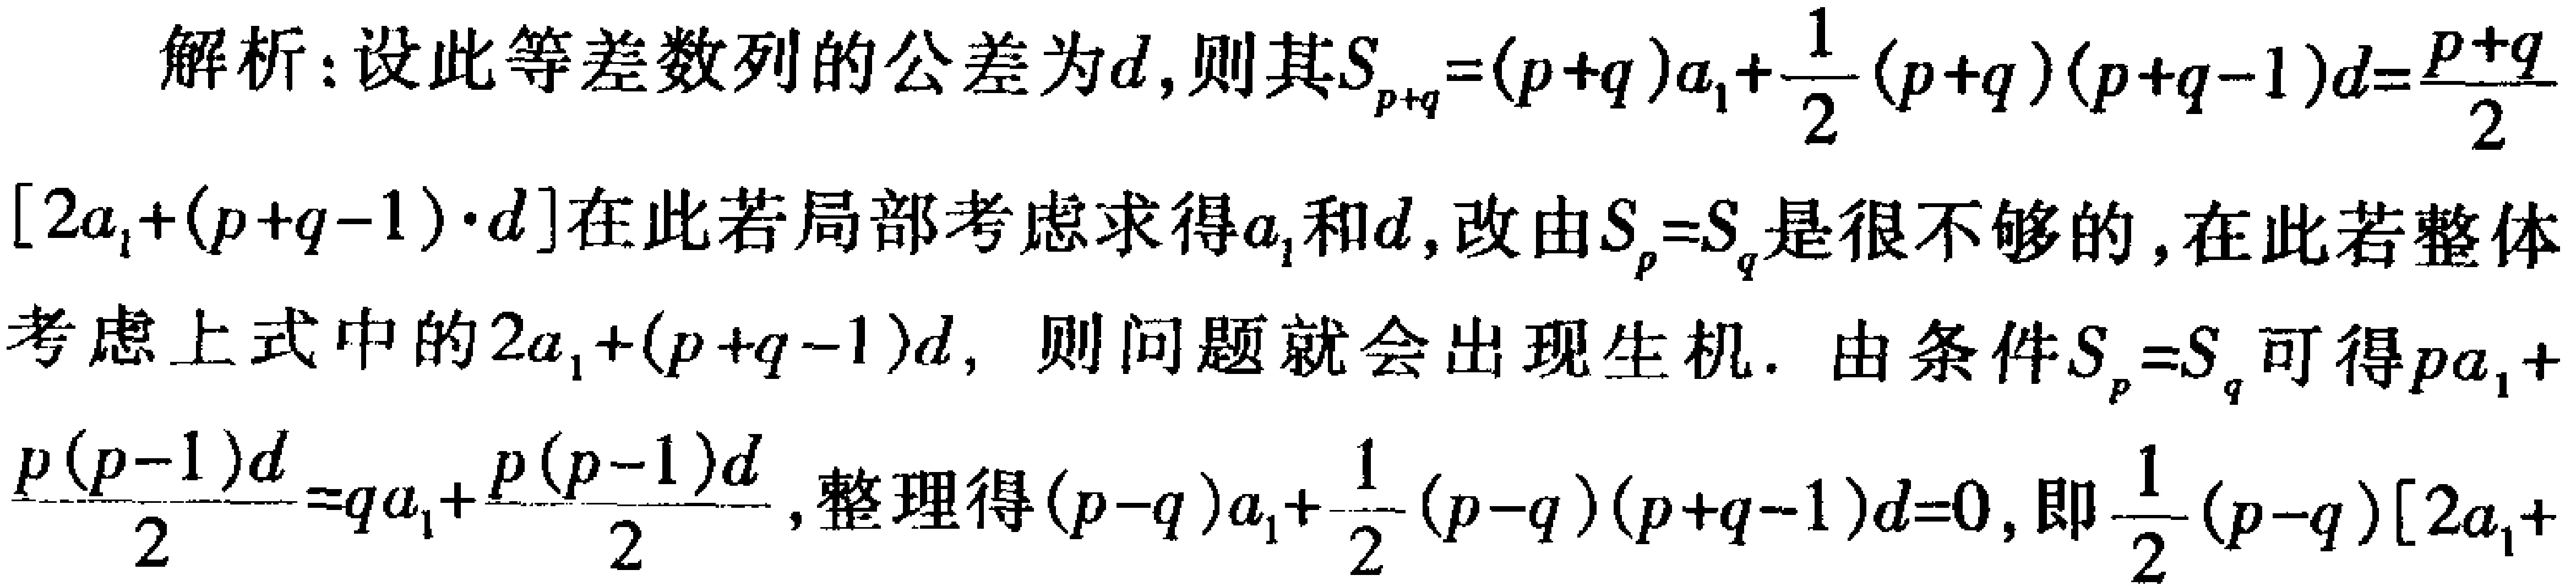
解析：设此等差数列的公差为\(d\)，则其\(S_{p + q}=(p + q)a_1+\frac{1}{2}(p + q)(p + q - 1)d=\frac{p + q}{2}[2a_1+(p + q - 1)\cdot d]\)在此若局部考虑求得\(a_1\)和\(d\)，改由\(S_p = S_q\)是很不够的，在此若整体考虑上式中的\(2a_1+(p + q - 1)d\)，则问题就会出现生机. 由条件\(S_p = S_q\)可得\(pa_1+\frac{p(p - 1)d}{2}=qa_1+\frac{p(p - 1)d}{2}\)，整理得\((p - q)a_1+\frac{1}{2}(p - q)(p + q - 1)d = 0\)，即\(\frac{1}{2}(p - q)[2a_1+\)